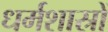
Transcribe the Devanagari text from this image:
धर्मशास्रों